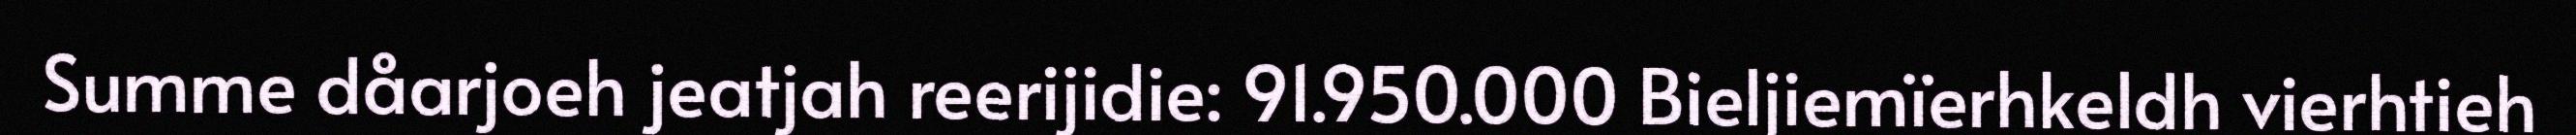
Summe dåarjoeh jeatjah reerijidie: 91.950.000 Bieljiemïerhkeldh vierhtieh